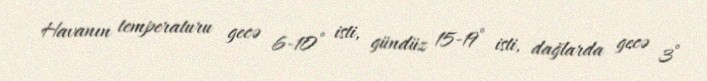
Havanın temperaturu gecə 6-10° isti, gündüz 15-19° isti, dağlarda gecə 3°